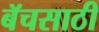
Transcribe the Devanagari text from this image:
बॅचसाठी